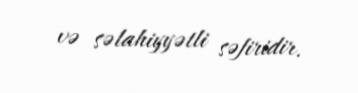
və səlahiyyətli səfiridir.